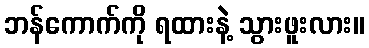
ဘန်ကောက်ကို ရထားနဲ့ သွားဖူးလား။